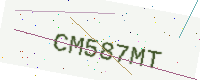
Text: CM587MT